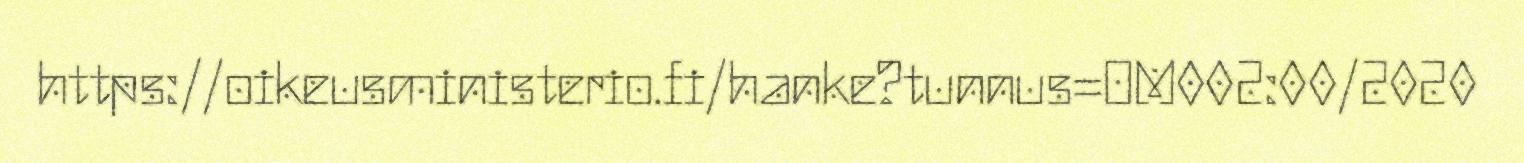
https://oikeusministerio.fi/hanke?tunnus=OM002:00/2020